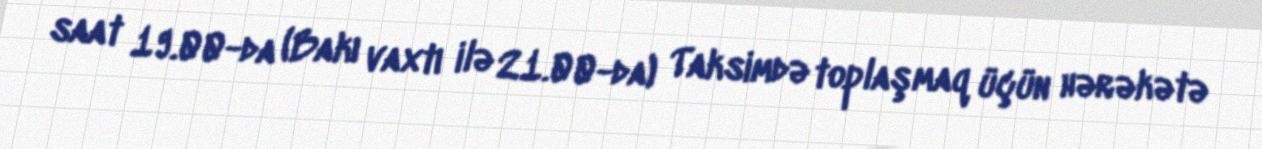
saat 19.00-da (Bakı vaxtı ilə 21.00-da) Taksimdə toplaşmaq üçün hərəkətə